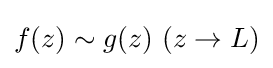
{\textstyle f(z)\sim g(z)\ (z\to L)}